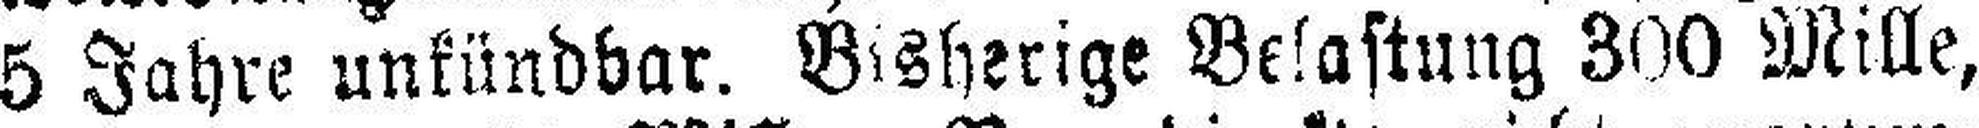
5 Jahre unkündbar. Bisherige Belastung 300 Mille,